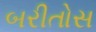
બરીતોસ